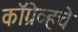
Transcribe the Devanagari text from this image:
कॉग्रेव्हचे